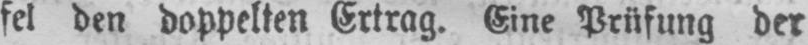
fel den doppelten Ertrag. Eine Prüfung der